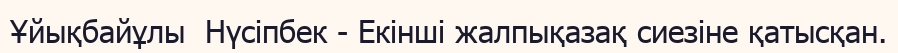
Ұйықбайұлы  Нүсіпбек - Екінші жалпықазақ сиезіне қатысқан.